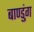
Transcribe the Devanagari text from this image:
बाण्डुंग